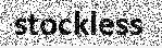
stockless